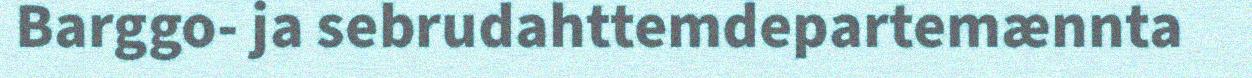
Barggo- ja sebrudahttemdepartemænnta